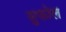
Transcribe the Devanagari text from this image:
सुकोल